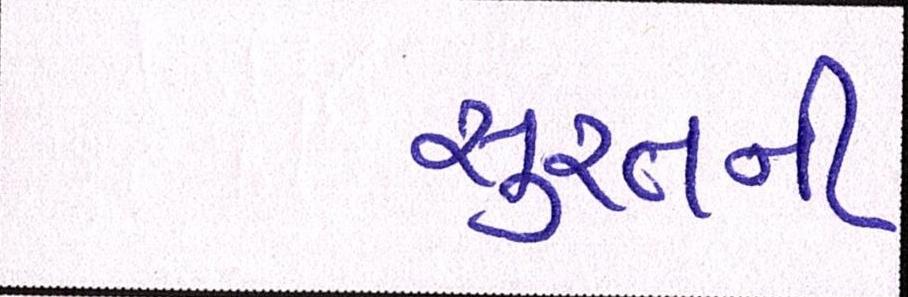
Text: સુરતની